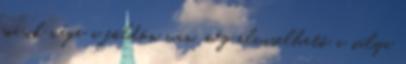
másik vége a földön van, még elviselhető a súlya